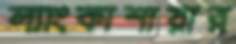
ল্যাংকাশায়ার